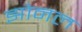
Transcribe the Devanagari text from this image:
झोनल